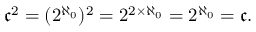
{ \mathfrak { c } } ^ { 2 } = ( 2 ^ { \aleph _ { 0 } } ) ^ { 2 } = 2 ^ { 2 \times { \aleph _ { 0 } } } = 2 ^ { \aleph _ { 0 } } = { \mathfrak { c } } .